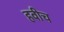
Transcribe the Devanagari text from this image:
हवीच